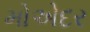
મોએદર